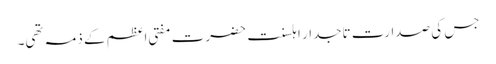
جس کی صدارت تاجدار اہلسنت حضرت مفتی اعظم کے ذمہ تھی۔